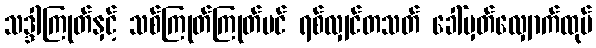
သဒ္ဒါကြုတ်နှင့် သစ်ကြုတ်ကြုတ်ပင် ရစ်လျှင်တသတ် ခေါ်မှတ်လျှောက်ထုပ်